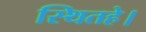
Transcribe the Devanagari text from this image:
स्थितहे।